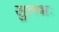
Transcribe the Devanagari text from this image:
सुलभः